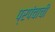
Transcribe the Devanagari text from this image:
प्रपंचाची